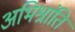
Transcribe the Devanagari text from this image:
अभिश्रांति